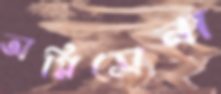
অগ্নিসেনা